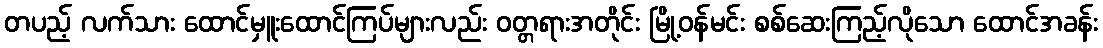
တပည့် လက်သား ထောင်မှူးထောင်ကြပ်များလည်း ဝတ္တရားအတိုင်း မြို့ဝန်မင်း စစ်ဆေးကြည့်လိုသော ထောင်အခန်း